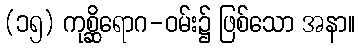
(၁၅) ကုစ္ဆိရောဂ-ဝမ်း၌ ဖြစ်သော အနာ။